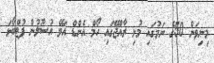
މިނިވަން 50ގެ ނަމުގައި މުޅި ރާއްޖޭގައި ހޯމް އެންޑް އަވޭ އުސޫލުން ފުޓްބޯޅަ